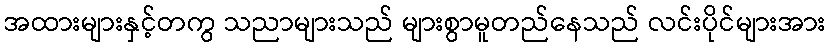
အထားများနှင့်တကွ သညာများသည် များစွာမူတည်နေသည် လင်းပိုင်များအား